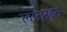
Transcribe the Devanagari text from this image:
लातूरहून